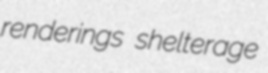
renderings shelterage